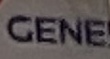
CENE